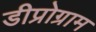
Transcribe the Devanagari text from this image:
डीप्रोग्राम